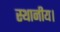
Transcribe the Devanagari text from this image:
स्‍थानीय।